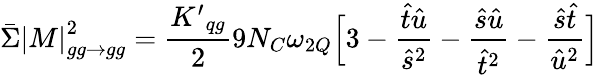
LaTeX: \bar{\Sigma}{|M|}_{gg\rightarrow gg}^{2}={\frac{{K^{\prime}}_{qg}}{2}}9N_{C}\omega_{2Q}\Bigl[3-{\frac{\hat{t}\hat{u}}{\hat{s}^{2}}}-{\frac{\hat{s}\hat{u}}{\hat{t}^{2}}}-{\frac{\hat{s}\hat{t}}{\hat{u}^{2}}}\Bigr]\;